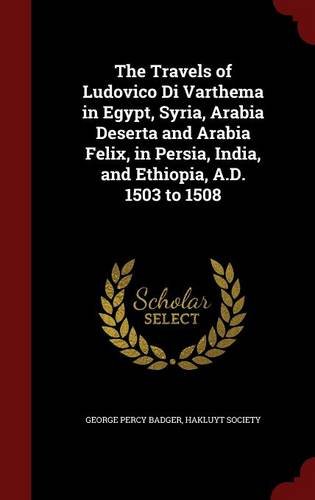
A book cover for The Travels of Ludovico Di Varthema in Egypt, Syria, Arabia Deserta and Arabia Felix, in Persia, India, and Ethiopia, A.D. 1503 to 1508; George Percy Badger; Travel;